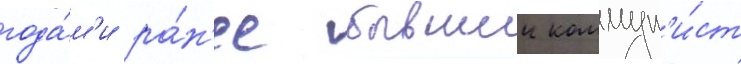
года́м'и ра́н'ее бывшии коммун'и́ст